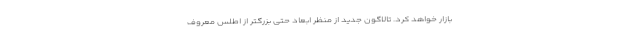
بازار خواهد کرد. تالاگون جدید از منظر ابعاد حتی بزرگتر از اطلس معروف